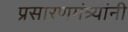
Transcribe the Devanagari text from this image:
प्रसारणमंत्र्यांनी